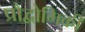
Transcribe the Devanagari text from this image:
प्रौद्वोगिकी